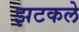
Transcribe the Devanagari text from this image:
झटकले